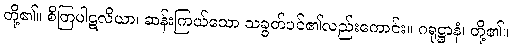
တို့၏။ စိတြပါဋလိယာ၊ ဆန်းကြယ်သော သခွတ်ပင်၏လည်းကောင်း။ ဂရုဋ္ဌာနံ၊ တို့၏။